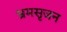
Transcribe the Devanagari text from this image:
भ्रमसृजन